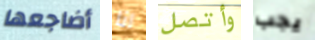
أضاجعها انا وأتصل يجب